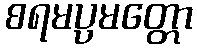
စရမပ္ပမတ္တော